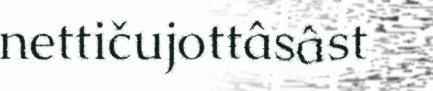
nettičujottâsâst